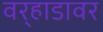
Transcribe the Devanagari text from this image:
वर्‍हाडावर